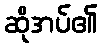
ဆိုအပ်၏